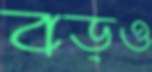
বড়ও